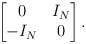
\begin{align*}\begin{bmatrix}0 & I_N\\-I_N & 0\end{bmatrix}.\end{align*}